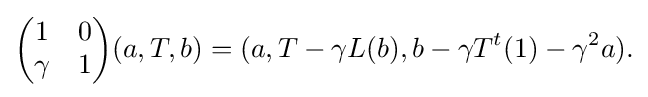
\displaystyle {{\begin{pmatrix}1&0\\\gamma &1\end{pmatrix}}(a,T,b)=(a,T-\gamma L(b),b-\gamma T^{t}(1)-\gamma ^{2}a).}